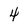
Character: 4